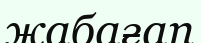
жабағап